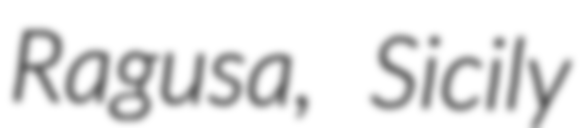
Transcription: Ragusa, Sicily